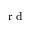
\textrm { r d }